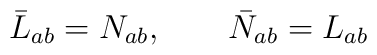
\bar{L}_{ab} =N_{ab} , \qquad \bar{N}_{ab} = L_{ab}